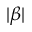
\vert \beta \vert